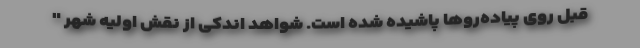
قبل روی پیاده‌روها پاشیده شده است. شواهد اندکی از نقش اولیه شهر "